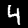
Digit: 4